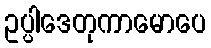
ဥပ္ပါဒေတုကာမောပေ